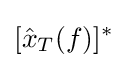
[{\hat {x}}_{T}(f)]^{*}